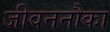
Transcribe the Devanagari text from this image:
जीवननौका